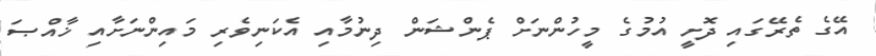
އޭގެ ތެރޭގައި ދޮށީ އުމުގެ މީހުންނަށް ޕެންޝަން ދިނުމާއި އެކަނިވެރި މައިންނަށާއި ޚާއްޞަ